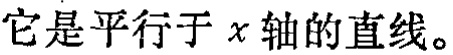
它是平行于 \(x\) 轴的直线。